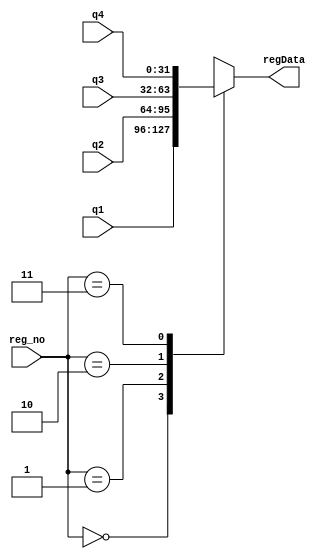
module mux4_1(regData,q1,q2,q3,q4,reg_no);
input [31:0]q1, q2, q3, q4;
input [1:0] reg_no;
output [31:0]regData;
reg regData;

always @(reg_no) begin
    case (reg_no)
        2'b00: 
            regData = q1;
        2'b01: 
            regData = q2;
        2'b10: 
            regData = q3;
        2'b11: 
            regData = q4;
    endcase
end
endmodule